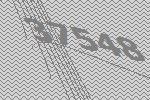
37548